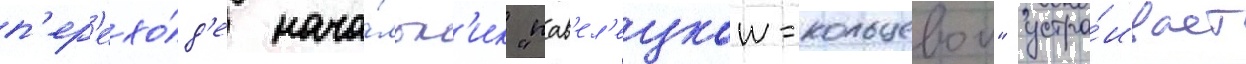
п'ер'ехо́д'е нача́льн'ик "пав'ел'ецкои-кольцевои" устра́ивает